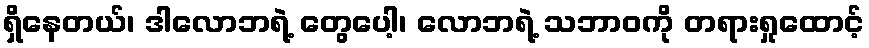
ရှိနေတယ်၊ ဒါလောဘရဲ့ တွေပေါ့၊ လောဘရဲ့ သဘာဝကို တရားရှုထောင့်